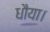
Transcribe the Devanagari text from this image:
धौया।